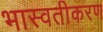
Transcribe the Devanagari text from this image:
भास्वतीकरण